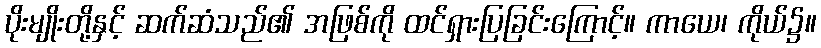
ပိုးမျိုးတို့နှင့် ဆက်ဆံသည်၏ အဖြစ်ကို ထင်ရှားပြခြင်းကြောင့်။ ကာယေ၊ ကိုယ်၌။